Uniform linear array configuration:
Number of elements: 48
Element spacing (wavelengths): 0.75
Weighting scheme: uniform
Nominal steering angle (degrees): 45
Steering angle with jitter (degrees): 46.122
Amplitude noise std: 0.05
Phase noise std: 0.05

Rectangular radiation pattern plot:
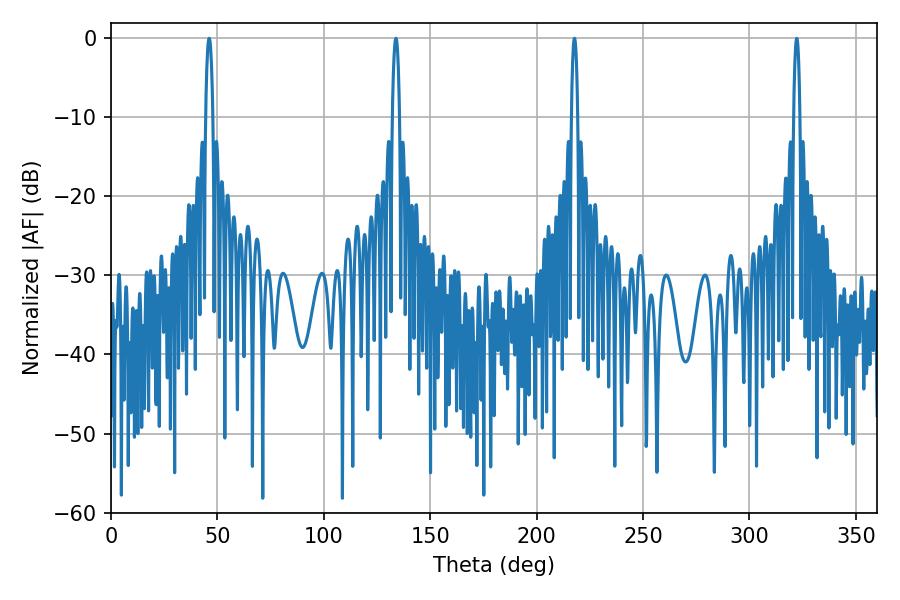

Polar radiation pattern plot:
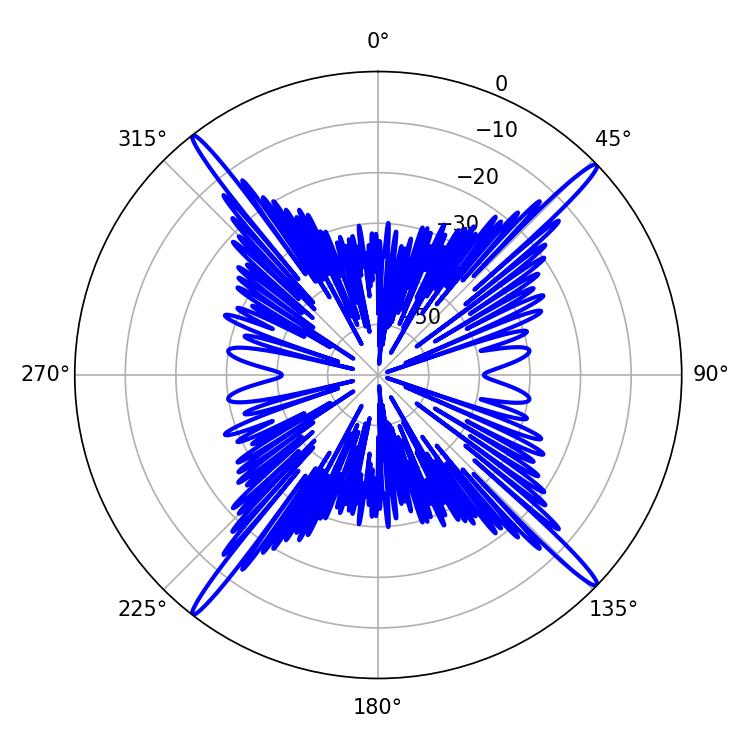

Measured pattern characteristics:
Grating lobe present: TRUE
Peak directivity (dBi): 21.332
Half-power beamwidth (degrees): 1.62
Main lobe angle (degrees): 217.8